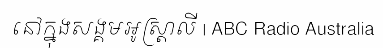
នៅក្នុងសង្គមអូស្ត្រាលី | ABC Radio Australia